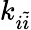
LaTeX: k_{i\tilde{i}}